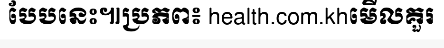
បែបនេះ៕ប្រភព៖ health.com.khមើលគួរ